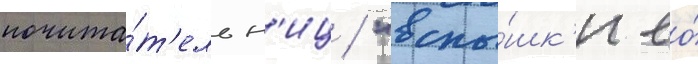
почита́т'ельн'иц / "вспы́шк'и ео́